Annual report of the Punjab Veterinary College and of the Civil Veterinary Department, Punjab - 1894-1908
Year: 1894
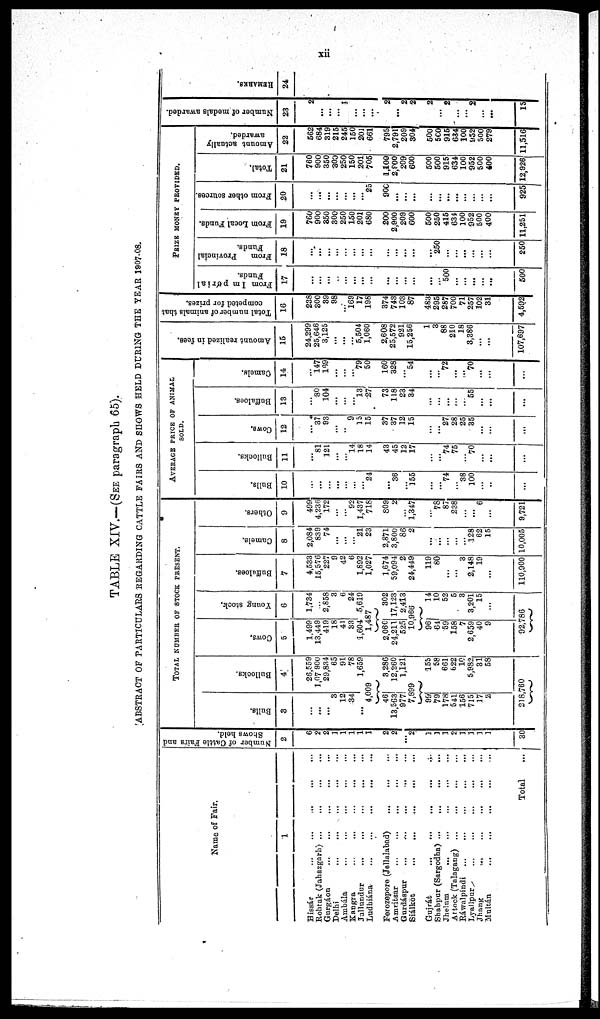
xii
TABLE XIV.—(SEE paragraph 65).
ABSTRACT OF PARTICULARS REGARDING CATTLE FAIRS AND SHOWS HELD DURING THE YEAR 1907-08,
Name of Fair.
1
Hissár
...
... ... ... ...
Rohtak (Jahazgarh) ... ... ... ... ... ... ...
Gurgáon
...
...
...
...
...
...
...
Delhi
...
...
...
...
...
Ambála ... ... ... ... ... ...
Kangra
...
...
...
...
Jullundur
... ... ... ... ... ...
Ludbiána
...
...
...
...
...
...
Ferozepore (Jellalabad) ... ... ... ... ... ...
Amritsar
... ... ... ... ...
Gurdáspur
...
...
... ... ... ... ...
Siálkot
...
...
...
...
...
...
Gujrát
...
...
...
...
...
...
...
Shahpur (Sargodha) ... ... ... ... ... ... ... ...
Jhelum
...
... ... ... ... ... ...
Attock (Talagang) ... ... ... ... ... ...
Rawalpindi ... ... ... ... ... ... ...
Lyallpur ... ... ... ... ... ... ...
Jhang ... ... ... ... ... ... ... ...
Multán
...
...
...
...
...
...
Total ...
Number of Cattle Fairs and
Shows held.
2
6
2
2
1
1
1
1
1
2
2
...
2
1
1
1
2
1
1
1
1
30
TOTAL NUMBER OF STOCK PRESENT.
Bulls.
3
...
...
...
3
12
34
...
Bullocks.
4
26,559
1,07 900
29,834
65
91
78
1,659
4,009
46
13,563
977
3,286
12,260
1,121
7,899
99
79
178
541
156
715
17
2
155
58
661
622
10
5,982
31
58
218,760
Cows.
5
1,499
13,449
419
18
41
33
1,604
Young stock.
6
1,734
2,858
3
6
24
5,619
1,487
2,060
24,211
525
302
17,123
2,413
10966
96
64
59
158
7
2,659
40
9
14
10
52
5
3
3,201
15
...
92,786
Buffaloes.
7
4,533
15,576
227
9
42
6
1,892
1,027
1,674
59,094
2
24,449
119
80
...
...
3
2,148
19
...
110,900
Camels.
8
2,084
839
74
...
...
21
23
2,871
3,800
86
2
...
...
...
... 128
62
15
10,005
Others.
9
499
4,236
172
...
...
92
1,437
718
809
2
...
1,347
...
78
87
238
...
...
6
...
9,721
AVERAGE PRICE OF ANIMAL
SOLD.
Bulls.
10
...
...
...
... ...
...
...
24
...
36
...
155
...
...
74
...
38
100
...
...
...
Bullocks.
11
81
121
...
...
14
18
14
43
45
12
17
...
...
74
75
...
70
...
...
...
Cows.
12
...
37
93
...
... 9
15
15
37
37
12
15
...
...
27
28
25
35
...
...
...
Buffaloes.
13
...
80
104
...
...
...
13
27
73
118
23
34
...
...
... ...
55
...
...
...
Camels.
14
...
147
169
...
...
...
79
50
160
328
...
54
...
...
72
...
..
70
...
...
...
Amount realized in fees.
15
24,299
25,646
3,125
...
...
...
5,504
1,060
2,608
25,572
921
15,256
1
3
88
210
18
3,386
...
...
107,697
Total number of animals that
competed for prizes.
16
238
300
39
98
...
169
17
198
374
743
103
87
483
295
287
700
71
257
102
31
4,592
PRIZE MONEY PROVIDED.
From Impérial
Funds.
17
...
...
...
...
...
...
...
...
...
...
...
...
...
...
500
...
...
...
...
...
500
From
Provincial
Funds.
18
...
...
...
...
...
...
... ...
...
...
...
...
...
250
...
...
...
...
...
...
250
From Local Funds.
19
760
900
350
300
250
150
201
680
200
2,900
209
600
500
250
415
634
100
952
500
400
11,251
From other sources.
20
...
...
...
...
...
...
...
25
900
...
...
...
...
...
...
...
...
925
Total.
21
760
900
350
300
250
150
201
705
1,100
2,?00
209
600
500
500
915
634
100
952
500
400
12,926
Amount actually
awarded.
22
562
684
319
215
245
150
201
661
795
2,791
209
304
500
500
915
634
100
952
500
279
11,516
Number of medals awarded.
23
2
...
...
...
1
...
... ...
2
...
2
2
2
...
2
...
...
2
...
...
15
REMARKS.
24